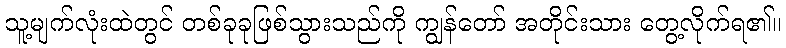
သူ့မျက်လုံးထဲတွင် တစ်ခုခုဖြစ်သွားသည်ကို ကျွန်တော် အတိုင်းသား တွေ့လိုက်ရ၏။